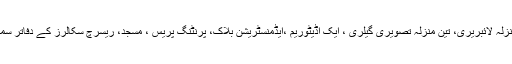
ایوان قائداعظمؒ کی موجودہ عمارت میں چار منزلہ لائبریری، تین منزلہ تصویری گیلری ، ایک آڈیٹوریم ،ایڈمنسٹریشن بلاک، پرنٹنگ پریس ، مسجد، ریسرچ سکالرز کے دفاتر سمیت تمام متعلقہ شعبہ جات قائم کیے گئے ہیں۔